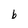
Character: b